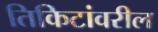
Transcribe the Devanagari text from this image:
तिकिटांवरील